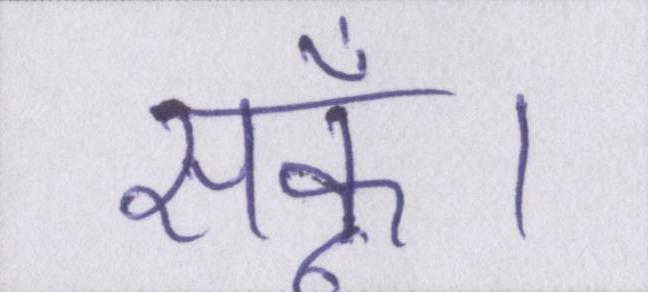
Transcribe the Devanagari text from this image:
सकूँ।